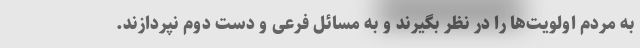
به مردم اولویت‌ها را در نظر بگیرند و به مسائل فرعی و دست دوم نپردازند.